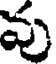
వు